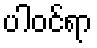
ပါဝင်ရာ